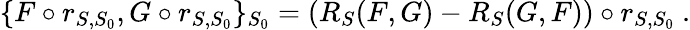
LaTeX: \{ F\circ r_{S,S_{0}},G\circ r_{S,S_{0}}\} _{S_{0}}=(R_{S}(F,G)-R_{S}(G,F))\circ r_{S,S_{0}}\ .